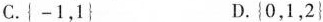
C. { -1，1 } D. { 0，1，2 }